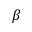
\beta